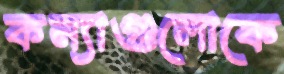
কন্যাগুলোকে